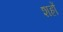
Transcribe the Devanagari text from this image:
शह्रों